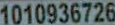
1010936726